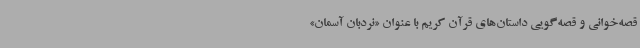
قصه‌خوانی و قصه‌گویی داستان‌های قرآن کریم با عنوان «نردبان آسمان»